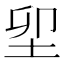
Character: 𡊎